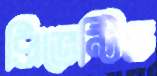
প্রিভেন্টিভ